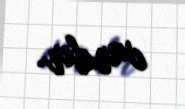
vardır.